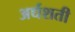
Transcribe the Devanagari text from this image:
अर्धशती